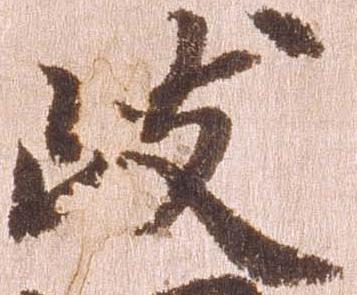
岐